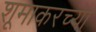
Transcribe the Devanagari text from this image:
शूमाकरच्या